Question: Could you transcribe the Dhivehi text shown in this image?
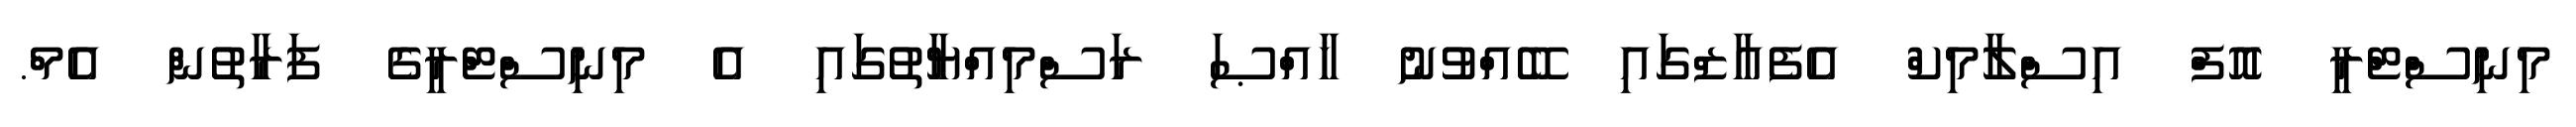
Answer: މިނިސްޓްރީ އޮފް އިސްލާމިކް އެފެއާޒްގައި ބޭއްވުނު ޚާއްޞަ ރަސްމިއްޔާތުގައި އެ މިނިސްޓްރީގެ ފަރާތުން އެމް.